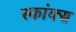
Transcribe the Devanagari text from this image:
स्कांक्स